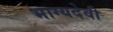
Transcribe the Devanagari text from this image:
भाग्यदेवी